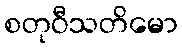
စတုဝီသတိမော